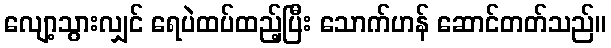
လျော့သွားလျှင် ရေပဲထပ်ထည့်ပြီး သောက်ဟန် ဆောင်တတ်သည်။